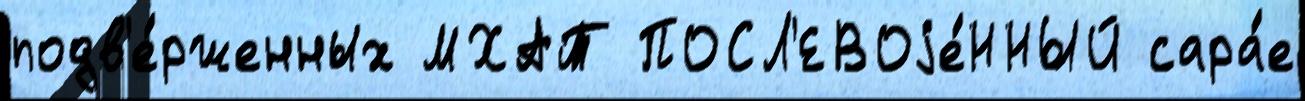
подв'е́рженных МХАТ ПОСЛ'ЕВОjе́ННЫЙ сара́е